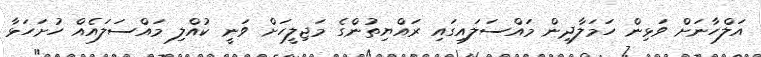
އަލްހާނަށް ވަޅިން ހަމަލާދިން މައްސަލައިގައި ރައްޔިތުންގެ މަޖިލީހަށް ވަނީ ކުއްލި މައްސަލައެއް ހުށަހަޅާ